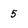
Character: 5